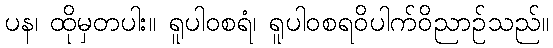
ပန၊ ထိုမှတပါး။ ရူပါဝစရံ၊ ရူပါဝစရဝိပါက်ဝိညာဉ်သည်။